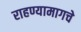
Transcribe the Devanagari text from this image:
राहण्यामागचे